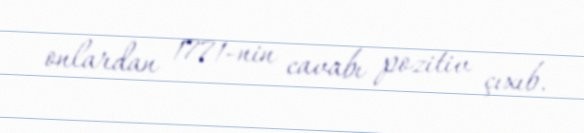
onlardan 1771-nin cavabı pozitiv çıxıb.